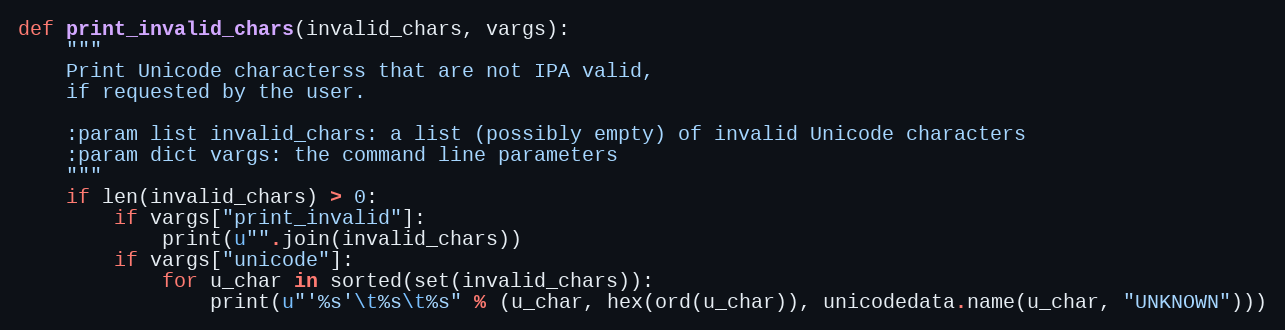
Language: Python
def print_invalid_chars(invalid_chars, vargs):
    """
    Print Unicode characterss that are not IPA valid,
    if requested by the user.

    :param list invalid_chars: a list (possibly empty) of invalid Unicode characters
    :param dict vargs: the command line parameters
    """
    if len(invalid_chars) > 0:
        if vargs["print_invalid"]:
            print(u"".join(invalid_chars))
        if vargs["unicode"]:
            for u_char in sorted(set(invalid_chars)):
                print(u"'%s'\t%s\t%s" % (u_char, hex(ord(u_char)), unicodedata.name(u_char, "UNKNOWN")))